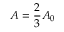
A = \frac { 2 } { 3 } A _ { 0 }